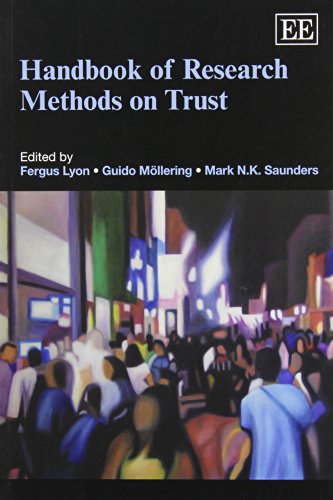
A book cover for Handbook of Research Methods on Trust (Elgar Original Reference); Fergus Lyon; Business & Money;